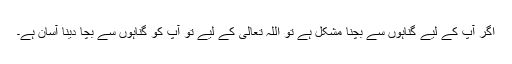
اگر آپ کے لیے گناہوں سے بچنا مشکل ہے تو اللہ تعالیٰ کے لیے تو آپ کو گناہوں سے بچا دینا آسان ہے۔